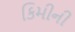
કિમીની